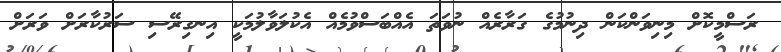
ރަސްމީކޮށް މިނިވަންކަން ދިނުމުގެ ގަރާރެއް ނުވަތަ އެއްބަސްވުމެއް އެކުލަވާލުމަކީ އިނގިރޭސި ސަރުކާރަށް ވަރަށް